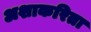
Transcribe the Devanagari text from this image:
अशाकरिता